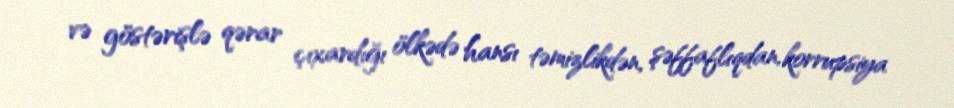
və göstərişlə qərar çıxardığı ölkədə hansı təmizlikdən, şəffaflıqdan, korrupsiya